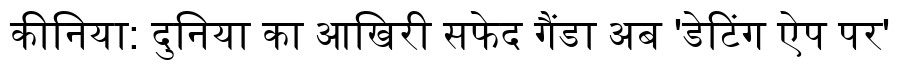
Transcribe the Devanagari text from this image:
कीनिया: दुनिया का आखिरी सफेद गैंडा अब 'डेटिंग ऐप पर'